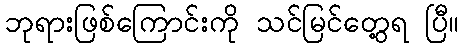
ဘုရားဖြစ်ကြောင်းကို သင်မြင်တွေ့ရ ပြီ။